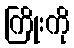
ကြိုးကို